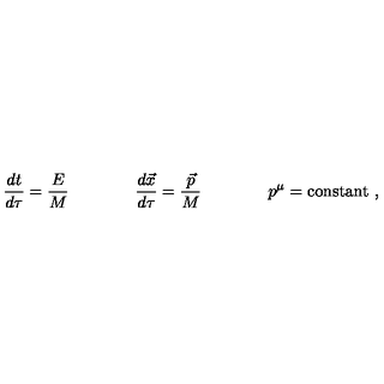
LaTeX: \frac { d t } { d \tau } = \frac { E } { M } \qquad \qquad \frac { d \vec { x } } { d \tau } = \frac { \vec { p } } { M } \qquad \qquad p ^ { \mu } = \mathrm { c o n s t a n t } \ ,